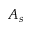
A _ { s }